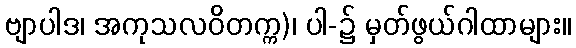
ဗျာပါဒ၊ အကုသလဝိတက္က)၊ ပါ-၌ မှတ်ဖွယ်ဂါထာများ။